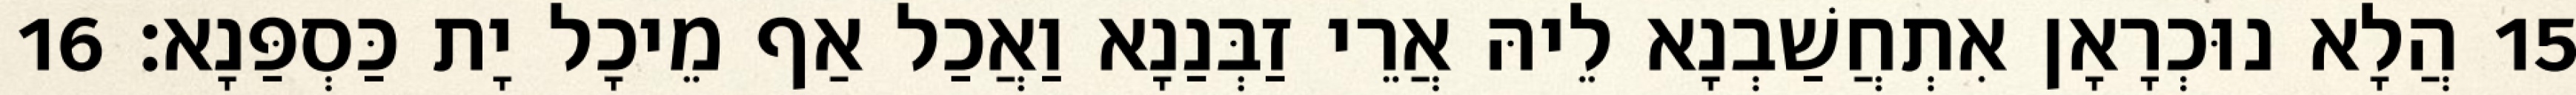
15 הֲלָא נוּכְרָאָן אִתְחֲשַׁבְנָא לֵיהּ אֲרֵי זַבְּנַנָא וַאֲכַל אַף מֵיכָל יָת כַּסְפַּנָא׃ 16